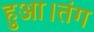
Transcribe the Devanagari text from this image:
हुआ।तंग